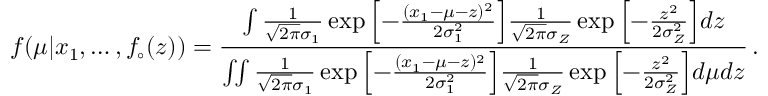
f ( \mu | x _ { 1 } , \ldots , f _ { \circ } ( z ) ) = \frac { \int \frac { 1 } { \sqrt { 2 \pi } \sigma _ { 1 } } \exp { \left[ - \frac { ( x _ { 1 } - \mu - z ) ^ { 2 } } { 2 \sigma _ { 1 } ^ { 2 } } \right] } \frac { 1 } { \sqrt { 2 \pi } \sigma _ { Z } } \exp { \left[ - \frac { z ^ { 2 } } { 2 \sigma _ { Z } ^ { 2 } } \right] } d z } { \int \! \! \int \frac { 1 } { \sqrt { 2 \pi } \sigma _ { 1 } } \exp { \left[ - \frac { ( x _ { 1 } - \mu - z ) ^ { 2 } } { 2 \sigma _ { 1 } ^ { 2 } } \right] } \frac { 1 } { \sqrt { 2 \pi } \sigma _ { Z } } \exp { \left[ - \frac { z ^ { 2 } } { 2 \sigma _ { Z } ^ { 2 } } \right] } d \mu d z } \, . \nonumber